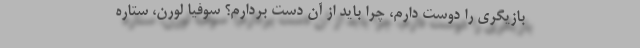
بازیگری را دوست دارم، چرا باید از آن دست بردارم؟ سوفیا لورن، ستاره